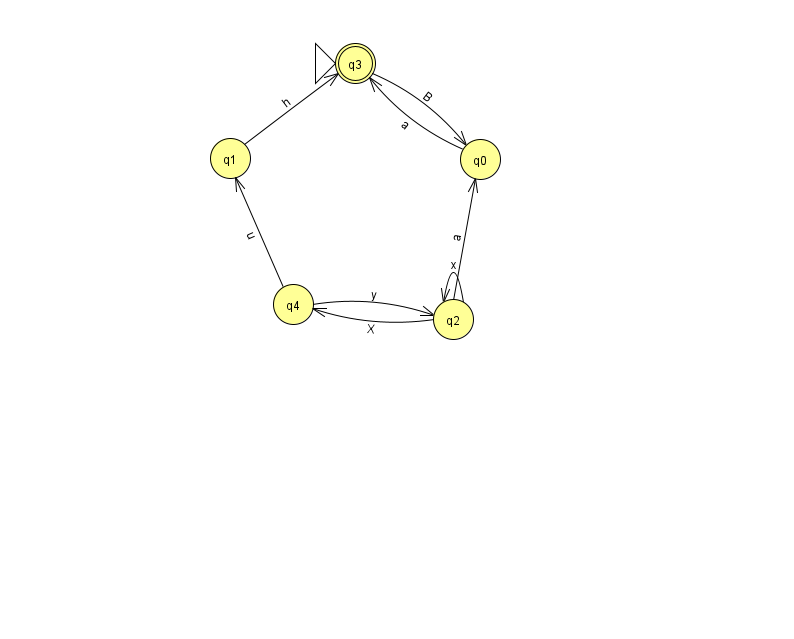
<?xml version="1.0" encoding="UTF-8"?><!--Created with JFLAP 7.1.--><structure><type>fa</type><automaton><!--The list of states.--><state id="0" name="q0"><x>480.0</x><y>146.0</y></state><state id="1" name="q1"><x>230.0</x><y>145.0</y></state><state id="2" name="q2"><x>453.0</x><y>306.0</y></state><state id="3" name="q3"><x>355.0</x><y>50.0</y><initial/><final/></state><state id="4" name="q4"><x>293.0</x><y>291.0</y></state><!--The list of transitions.--><transition><from>1</from><to>3</to><read>h</read></transition><transition><from>2</from><to>0</to><read>a</read></transition><transition><from>4</from><to>1</to><read>u</read></transition><transition><from>2</from><to>2</to><read>x</read></transition><transition><from>3</from><to>0</to><read>B</read></transition><transition><from>4</from><to>2</to><read>y</read></transition><transition><from>2</from><to>4</to><read>X</read></transition><transition><from>0</from><to>3</to><read>a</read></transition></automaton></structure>